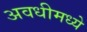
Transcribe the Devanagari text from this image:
अवधीमध्ये